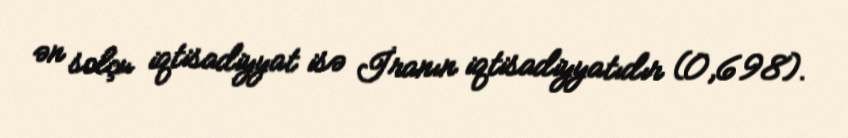
ən solçu iqtisadiyyat isə İranın iqtisadiyyatıdır (0,698).